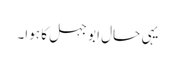
یہی حال ابو جہل کا ہوا۔